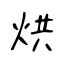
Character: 烘